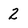
Character: 2